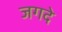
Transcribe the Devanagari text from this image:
जगदे